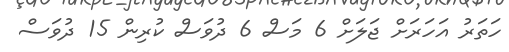
ހަތަރު އަހަރަށް ޖަލަށް 6 މަސް 6 ދުވަސް ކުރިން 15 ދުވަސް